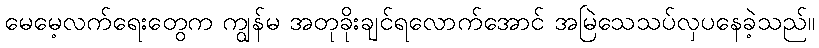
မေမေ့လက်ရေးတွေက ကျွန်မ အတုခိုးချင်ရလောက်အောင် အမြဲသေသပ်လှပနေခဲ့သည်။